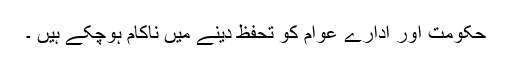
حکومت اور ادارے عوام کو تحفظ دینے میں ناکام ہوچکے ہیں ۔